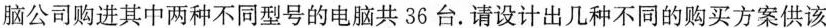
脑公司购进其中两种不同型号的电脑共36台.请设计出几种不同的购买方案供该